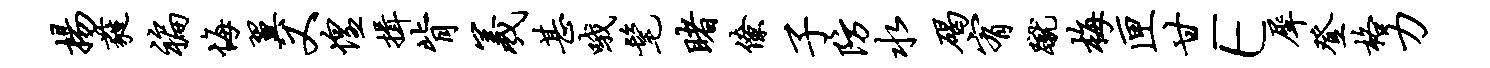
扬蕤褊悔翼又惶揖背羲甚哦髦睹僚子防水碣宥蹴梅匣甘E犀登格力